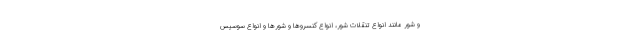
و شور مانند انواع تنقلات شور، انواع کنسروها و شورها و انواع سوسیس